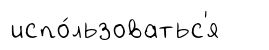
испо́льзоватьс'я